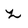
Character: l